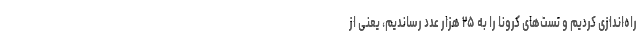
راه‌اندازی کردیم و تست‌های کرونا را به ۲۵ هزار عدد رساندیم، یعنی از